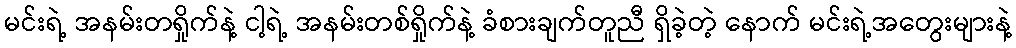
မင်းရဲ့ အနမ်းတရှိုက်နဲ့ ငါ့ရဲ့ အနမ်းတစ်ရှိုက်နဲ့ ခံစားချက်တူညီ ရှိခဲ့တဲ့ နောက် မင်းရဲ့အတွေးများနဲ့